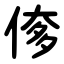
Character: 偧